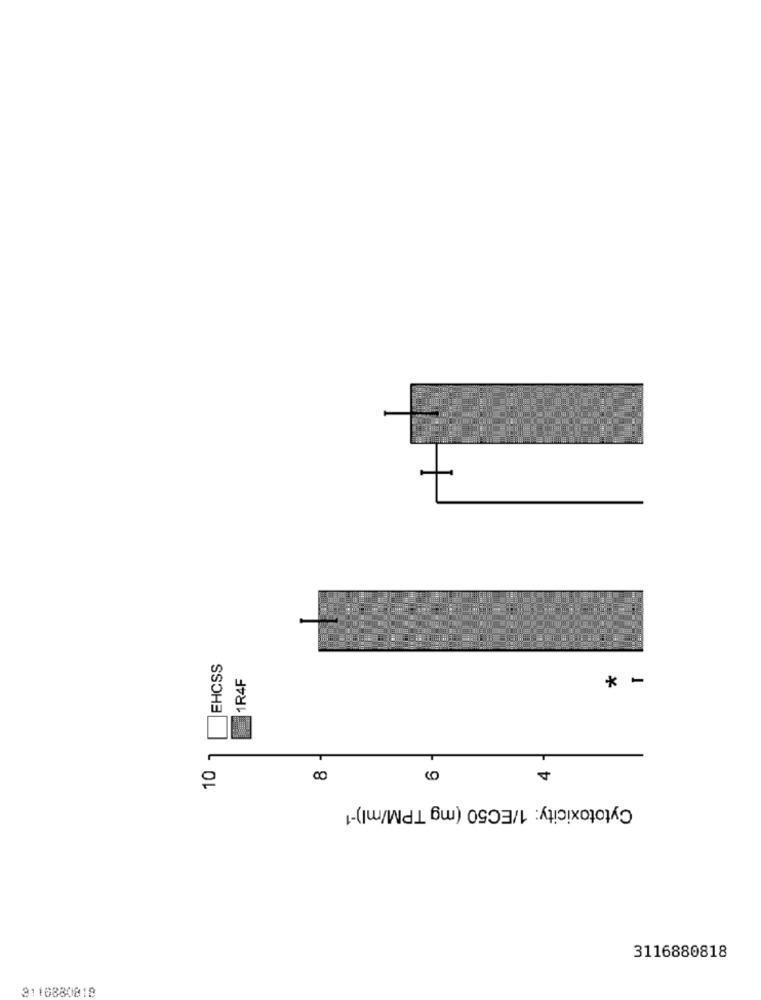
EHCSS
1R4F
*
-
10 -
00
Cytotoxicity: 1/EC50 (mg TPM/ml)-1
3116880818
3110880818